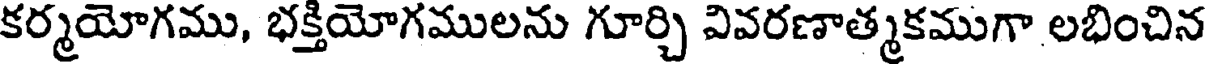
కర్మయోగము, భక్తియోగములను గూర్చి వివరణాత్మకముగా లభించిన